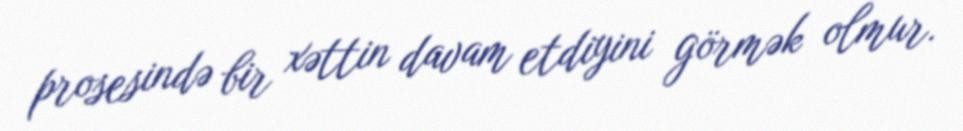
prosesində bir xəttin davam etdiyini görmək olmur.